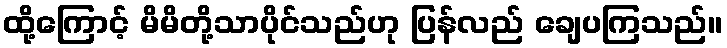
ထို့ကြောင့် မိမိတို့သာပိုင်သည်ဟု ပြန်လည် ချေပကြသည်။